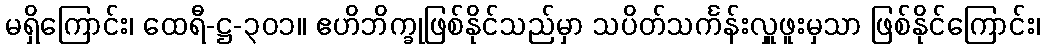
မရှိကြောင်း၊ ထေရီ-ဋ္ဌ-၃၀၁။ ဧဟိဘိက္ခုဖြစ်နိုင်သည်မှာ သပိတ်သင်္ကန်းလှူဖူးမှသာ ဖြစ်နိုင်ကြောင်း၊